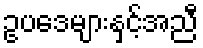
ဥပဒေများနှင့်အညီ